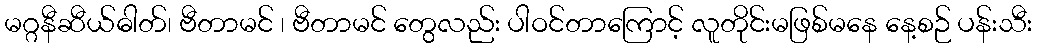
မဂ္ဂနီဆီယ်ဓါတ်၊ ဗီတာမင် ၊ ဗီတာမင် တွေလည်း ပါဝင်တာကြောင့် လူတိုင်းမဖြစ်မနေ နေ့စဉ် ပန်းသီး